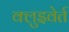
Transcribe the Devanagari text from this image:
क्लुइवेर्त